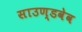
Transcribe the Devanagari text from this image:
साउण्डवेव